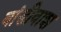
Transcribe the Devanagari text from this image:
बांडीवाश